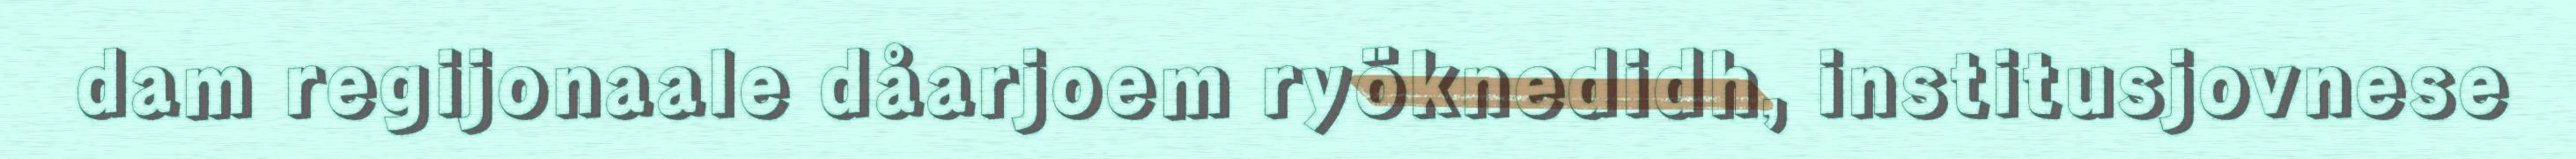
dam regijonaale dåarjoem ryöknedidh, institusjovnese